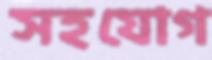
সহযোগ